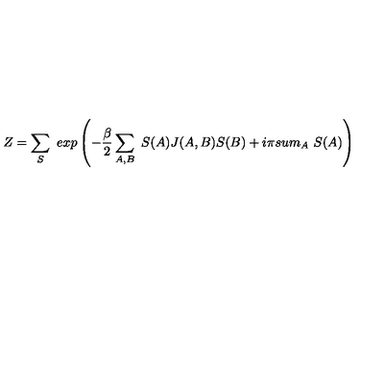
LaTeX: Z = \sum _ { S } \ e x p \left( - { \frac { \beta } { 2 } } \sum _ { A , B } \ S ( A ) J ( A , B ) S ( B ) + i \pi s u m _ { A } \ S ( A ) \right)